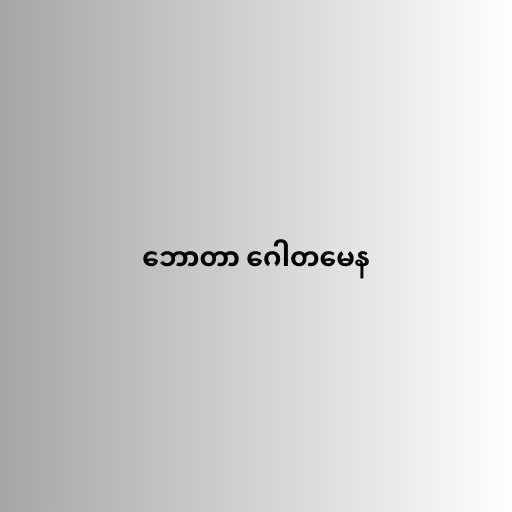
ဘောတာ ဂေါတမေန